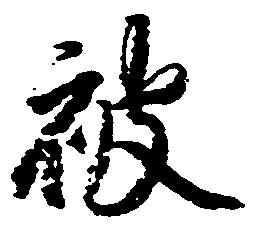
被